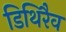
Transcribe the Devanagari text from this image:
डिथिरैव